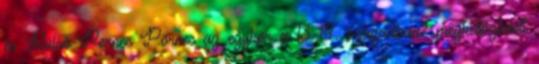
és Külső-Pernec Pörnec az egykor a 13-14. században? megkettőződött